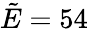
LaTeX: \tilde{E}=54